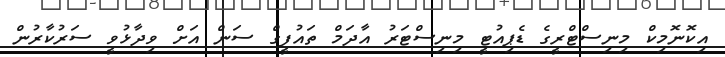
އިކޮނޮމިކް މިނިސްޓްރީގެ ޑެޕިއުޓީ މިނިސްޓަރު އާދަމް ތައުފީގް ސަން އަށް ވިދާޅުވީ ސަރުކާރުން